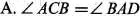
A.$$∠ A C B = ∠ B A D$$